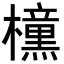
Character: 𭬯